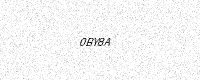
Text: 0BY8A